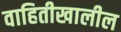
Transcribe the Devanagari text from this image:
वाहितीखालील